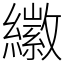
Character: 𦆮